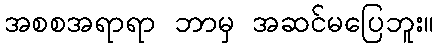
အစစအရာရာ ဘာမှ အဆင်မပြေဘူး။